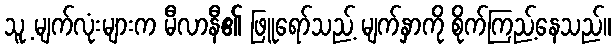
သူ့ မျက်လုံးများက မီလာနီ၏ ဖြူရော်သည့် မျက်နှာကို စိုက်ကြည့်နေသည်။